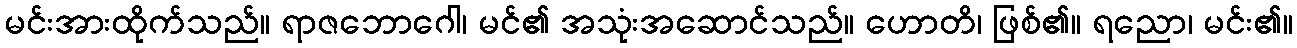
မင်းအားထိုက်သည်။ ရာဇဘောဂေါ၊ မင်၏ အသုံးအဆောင်သည်။ ဟောတိ၊ ဖြစ်၏။ ရညော၊ မင်း၏။